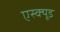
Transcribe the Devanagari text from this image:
एस्क्यूड